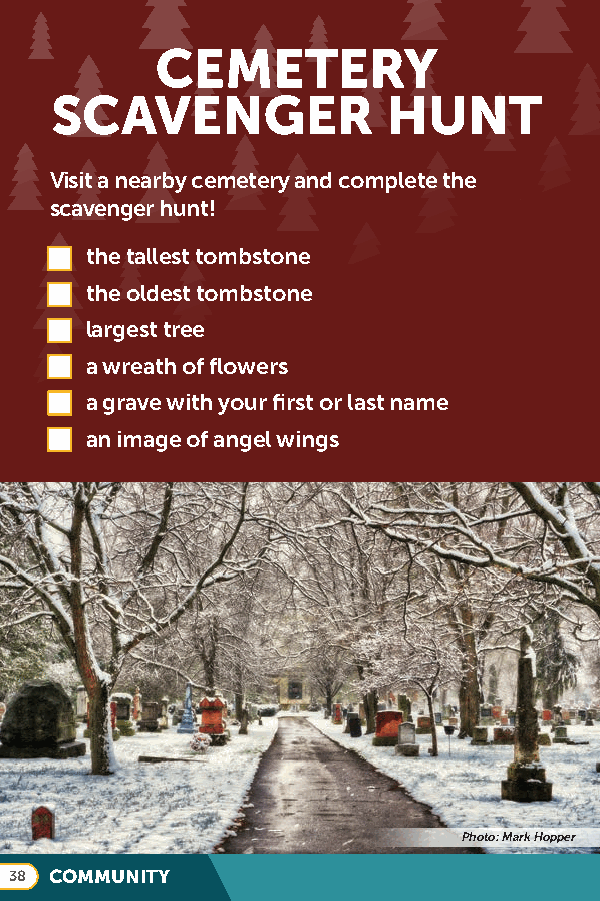
CEMETERY
 SCAVENGER              HUNT
 Visit a nearby cemetery and complete the
 scavenger hunt!
 the tallest tombstone
 the oldest tombstone
 largest tree
 a wreath of flowers
 a grave with your first or last name
 an image of angel wings
 Photo: Mark Hopper
 38 COMMUNITY